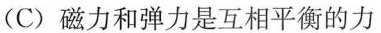
(C)磁力和弹力是互相平衡的力